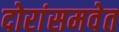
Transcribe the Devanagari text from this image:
दोरांसमवेत